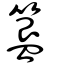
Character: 簋